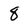
Character: 8